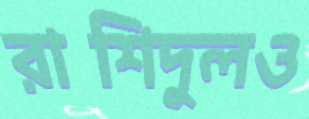
রাশিদুলও